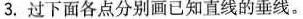
3.过下面各点分别画已知直线的垂线。